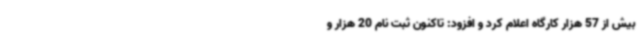
بیش از 57 هزار کارگاه اعلام کرد و افزود: تاکنون ثبت نام 20 هزار و